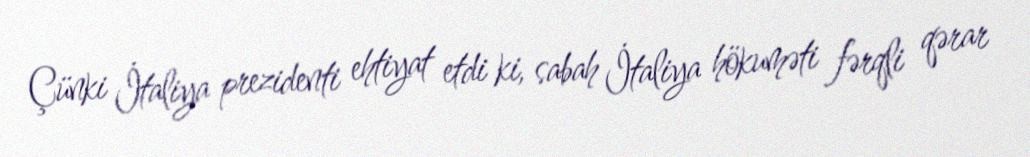
Çünki İtaliya prezidenti ehtiyat etdi ki, sabah İtaliya hökuməti fərqli qərar